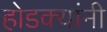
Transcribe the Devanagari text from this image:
होडक्यांनी